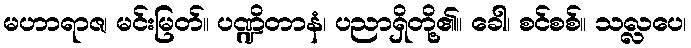
မဟာရာဇ၊ မင်းမြတ်။ ပဏ္ဍိတာနံ၊ ပညာရှိတို့၏။ ခေါ၊ စင်စစ်။ သလ္လပေ၊